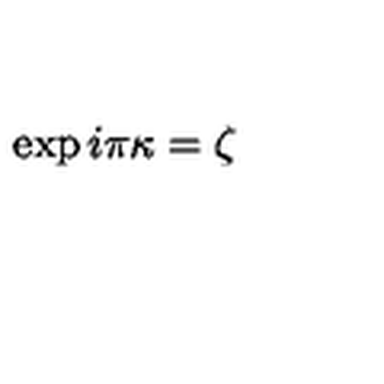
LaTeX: \exp i \pi \kappa = \zeta